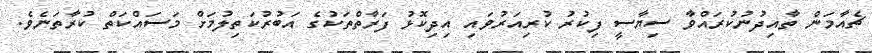
ޗެއާމަން ތާއިދުނުކުރައްވާ ސިޔާސީ ފިކުރު ކުރިއަރުވައި އިދިކޮޅު ފަރާތްތަކުގެ އަބުރުކަތިލުމަށް މަސައްކަތް ކުރާތަނެވެ.